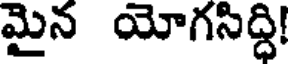
మైన యోగసిద్ధి!